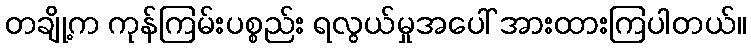
တချို့က ကုန်ကြမ်းပစ္စည်း ရလွယ်မှုအပေါ် အားထားကြပါတယ်။